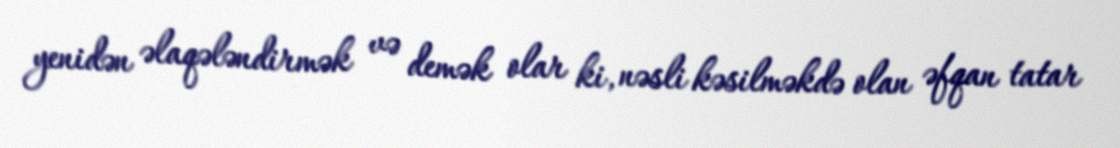
yenidən əlaqələndirmək və demək olar ki, nəsli kəsilməkdə olan əfqan tatar